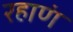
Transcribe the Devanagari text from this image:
रहाणं